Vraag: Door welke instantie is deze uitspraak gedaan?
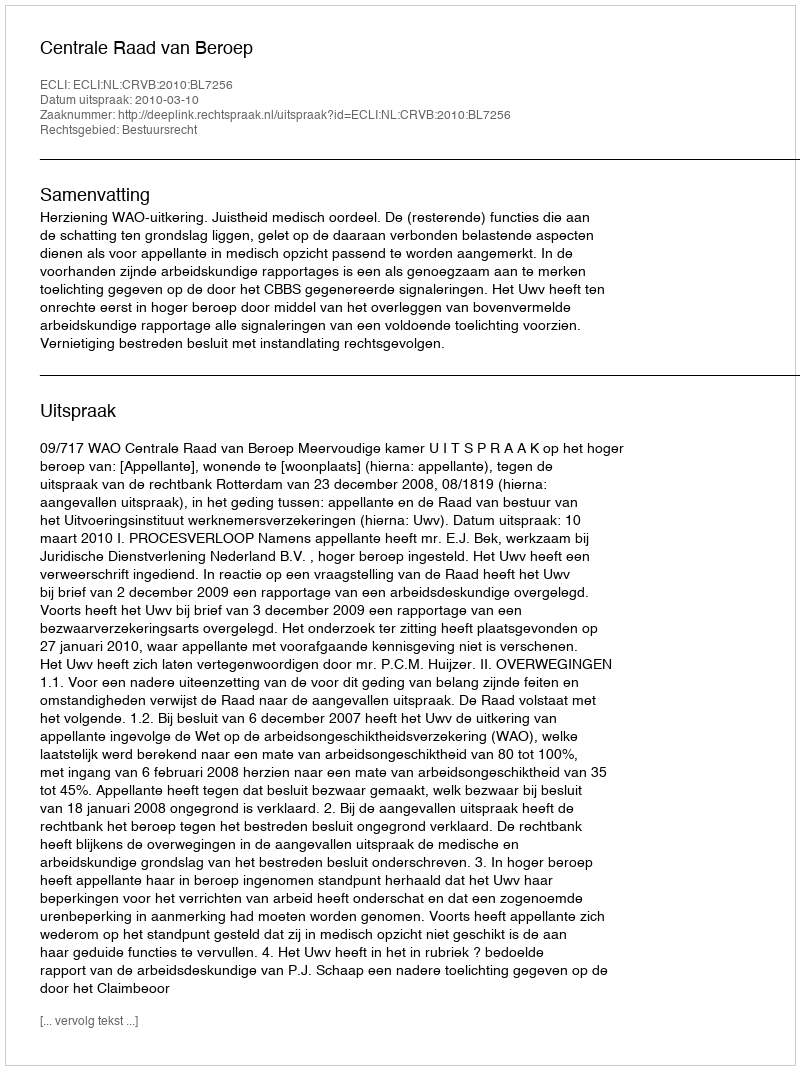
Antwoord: Centrale Raad van Beroep